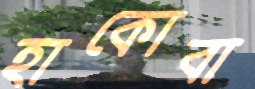
হাকোবা